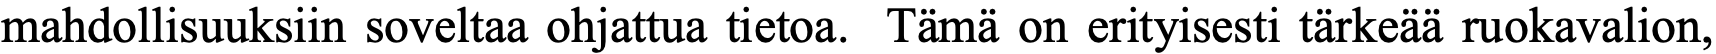
mahdollisuuksiin soveltaa ohjattua tietoa. Tämä on erityisesti tärkeää ruokavalion,